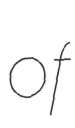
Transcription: of